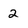
Character: 2